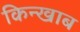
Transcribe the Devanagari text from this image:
किन्खाब